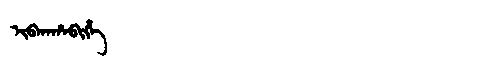
Manchu: ᡳᠪᡴᠠᡥᠠᠪᡳᡥᡝ
Romanization: IBKAHABIHE